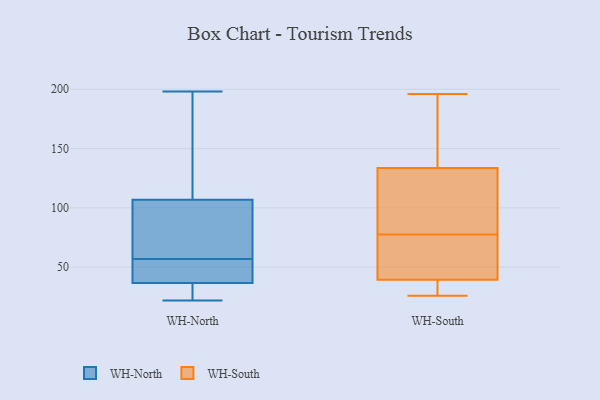
{"axis": {"x": "Gross Profit (USD K)", "y": "Value"}, "legend": ["WH-North", "WH-South"], "data": [{"x": "", "y": 55, "type": "WH-North"}, {"x": "", "y": 107, "type": "WH-North"}, {"x": "", "y": 124, "type": "WH-North"}, {"x": "", "y": 22, "type": "WH-North"}, {"x": "", "y": 39, "type": "WH-North"}, {"x": "", "y": 36, "type": "WH-North"}, {"x": "", "y": 198, "type": "WH-North"}, {"x": "", "y": 57, "type": "WH-North"}, {"x": "", "y": 100, "type": "WH-North"}, {"x": "", "y": 106, "type": "WH-North"}, {"x": "", "y": 32, "type": "WH-North"}, {"x": "", "y": 137, "type": "WH-South"}, {"x": "", "y": 130, "type": "WH-South"}, {"x": "", "y": 26, "type": "WH-South"}, {"x": "", "y": 35, "type": "WH-South"}, {"x": "", "y": 196, "type": "WH-South"}, {"x": "", "y": 171, "type": "WH-South"}, {"x": "", "y": 99, "type": "WH-South"}, {"x": "", "y": 45, "type": "WH-South"}, {"x": "", "y": 56, "type": "WH-South"}, {"x": "", "y": 99, "type": "WH-South"}, {"x": "", "y": 40, "type": "WH-South"}, {"x": "", "y": 39, "type": "WH-South"}]}